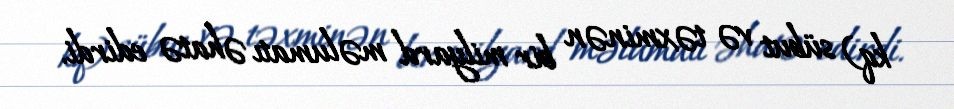
kq) sübut və təxminən bir milyard məlumatı əhatə edirdi.